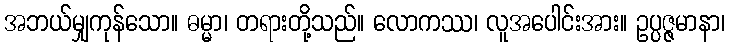
အဘယ်မျှကုန်သော။ ဓမ္မာ၊ တရားတို့သည်။ လောကဿ၊ လူအပေါင်းအား။ ဥပ္ပဇ္ဇမာနာ၊